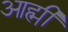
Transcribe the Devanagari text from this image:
आह्मी